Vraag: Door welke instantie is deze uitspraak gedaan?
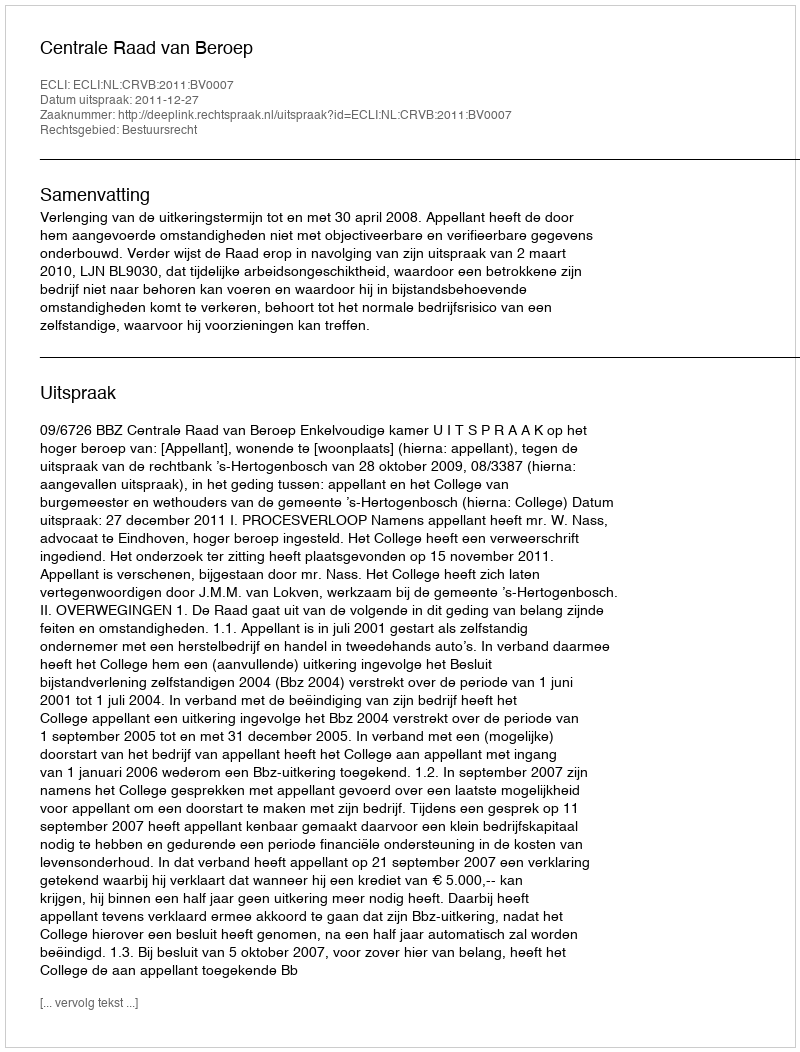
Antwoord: Centrale Raad van Beroep